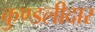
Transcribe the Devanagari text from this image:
कुण्डलीदार